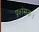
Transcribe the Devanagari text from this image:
प्रशंसक।